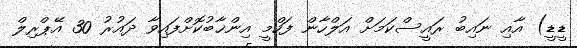
ޑީޑީ) އާއި ނައިބު ރައީސްކަމަށް އަލްހާން ފަހްމީ އިންޚާބުކޮށްފައިވާ ދައުރު 30 އޭޕްރިލް